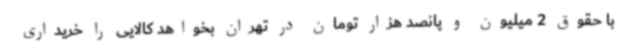
با حقوق 2 میلیون و پانصد هزار تومان در تهران بخواهد کالایی را خریداری